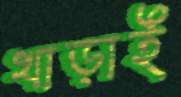
খাড়াই